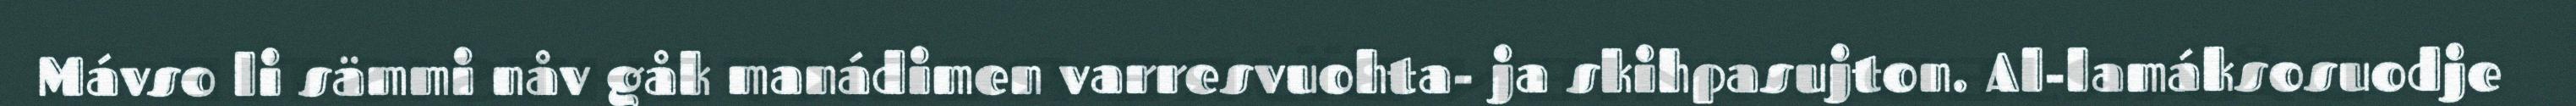
Mávso li sämmi nåv gåk manádimen varresvuohta- ja skihpasujton. Al-lamáksosuodje